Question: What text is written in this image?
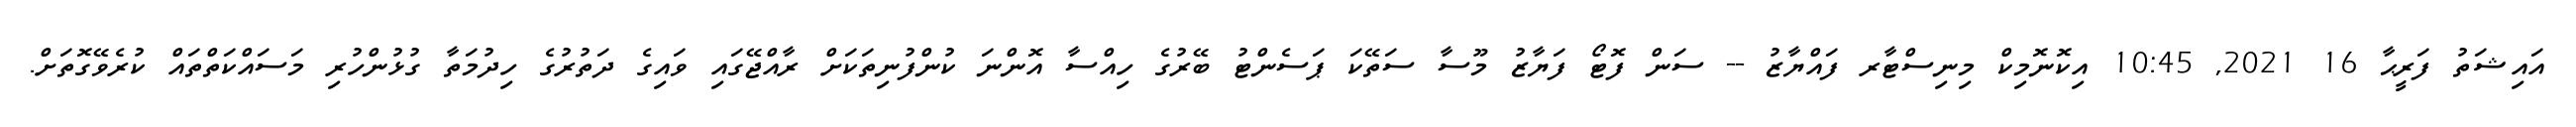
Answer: އައިޝަތު ފަރީޙާ 16 2021, 10:45 އިކޮނޮމިކް މިނިސްޓާރ ފައްޔާޒު -- ސަން ފޮޓޯ ފަޔާޒު މޫސާ ސަތޭކަ ޕަސެންޓު ބޭރުގެ ހިއްސާ އޮންނަ ކުންފުނިތަކަށް ރާއްޖޭގައި ވައިގެ ދަތުރުގެ ހިދުމަތާ ގުޅުންހުރި މަސައްކަތްތައް ކުރެވޭގޮތަށް.